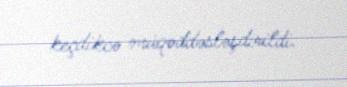
keçdikcə müqəddəsləşdirildi.